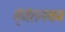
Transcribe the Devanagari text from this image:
ब्ंजंतनबज